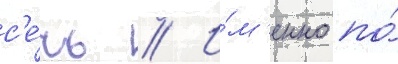
с'е́чь // И́м'енно по́